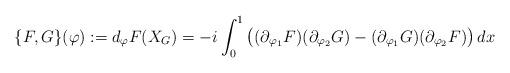
LaTeX: \begin{align*}\{F,G\}(\varphi):=d_\varphi F(X_G)=-i\int_0^1\big((\partial_{\varphi_1}F)(\partial_{\varphi_2}G)-(\partial_{\varphi_1}G)(\partial_{\varphi_2}F)\big)\,dx\end{align*}